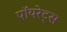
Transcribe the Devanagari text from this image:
पॉयरेट्स